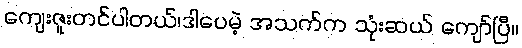
ကျေးဇူးတင်ပါတယ်၊ဒါပေမဲ့ အသက်က သုံးဆယ် ကျော်ပြီ။